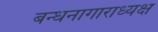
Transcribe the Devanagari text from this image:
बन्धनागाराध्यक्ष